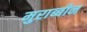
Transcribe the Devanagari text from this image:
मुराब्बीन